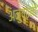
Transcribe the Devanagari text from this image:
अनुष्ठनों